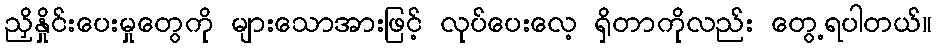
ညှိနှိုင်းပေးမှုတွေကို များသောအားဖြင့် လုပ်ပေးလေ့ ရှိတာကိုလည်း တွေ့ရပါတယ်။